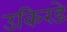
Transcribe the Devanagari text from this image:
उकिरडे